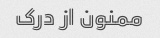
ممنون از درک